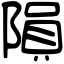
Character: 隕